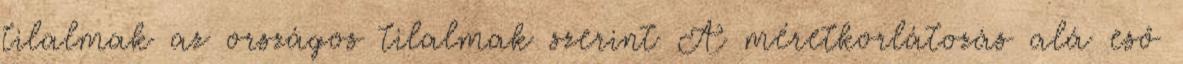
tilalmak az országos tilalmak szerint A méretkorlátozás alá eső